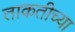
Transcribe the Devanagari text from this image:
ताकतीच्या